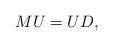
LaTeX: \begin{align*}M U = U D,\end{align*}